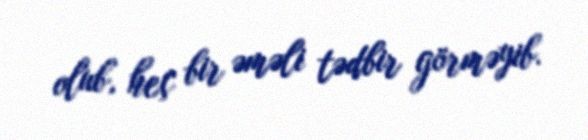
olub, heç bir əməli tədbir görməyib.